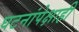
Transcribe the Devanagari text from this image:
घटनांपेक्षाही